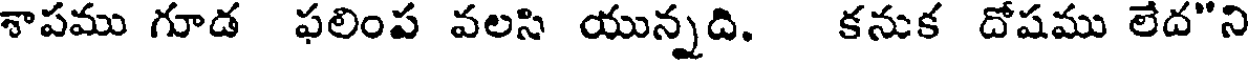
శాపము గూడ ఫలింప వలసి యున్నది. కనుక దోషము లేద"ని